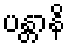
ပန္တာနိ